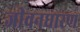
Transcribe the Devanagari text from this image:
जीवनधारण